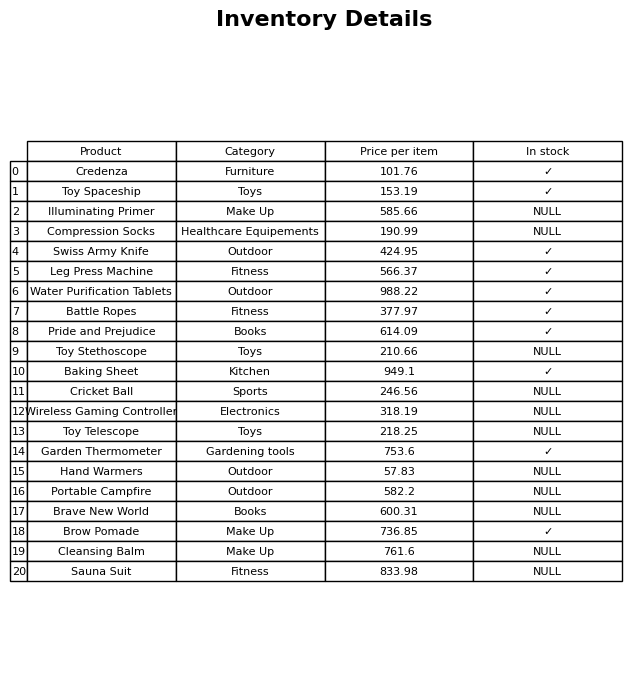
question: What is the price for Credenza?
answer: The price of Credenza is 101.76.